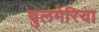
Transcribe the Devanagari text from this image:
बुलगेरिया